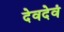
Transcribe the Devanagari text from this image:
देवदेवं